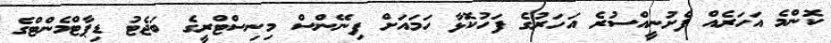
ކޮންމެ އަހަރެއް ފެށުނީއްސުރެ އަހަރުގެ ފަހުކޮޅާ ހަމައަށް ފިނޭންސް މިނިސްޓްރީގެ ބަޖެޓު ޑިޕާޓްމެންޓްގެ